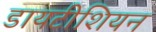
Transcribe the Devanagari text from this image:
डायटीशियन